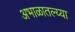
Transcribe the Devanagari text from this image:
अभाळातल्य्या